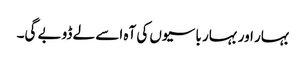
بہار اور بہار باسیوں کی آہ اسے لے ڈوبے گی۔